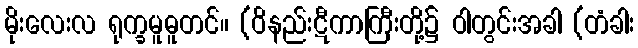
မိုးလေးလ ရုက္ခမူဓူတင်။ (ဝိနည်းဋီကာကြီးတို့၌ ဝါတွင်းအခါ (တံခါး